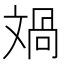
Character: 𣁘